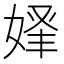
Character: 𡝾